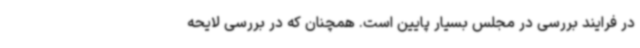
در فرایند بررسی در مجلس بسیار پایین است. همچنان که در بررسی لایحه